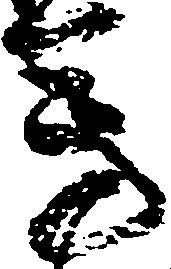
芳